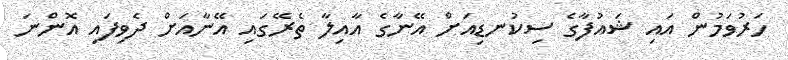
ހަރުވަމުން އައި ޝައުފާގެ ސިކުނޑިއަށް އޭނާގެ އާއިލާ ތެރޭގައި އޭނާއަށް ދެވިފައި އޮންނަ